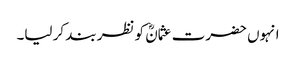
انہوں حضرت عثمانؓ کو نظر بند کر لیا۔